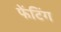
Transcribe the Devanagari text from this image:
फेंटिंग